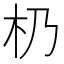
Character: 㭁